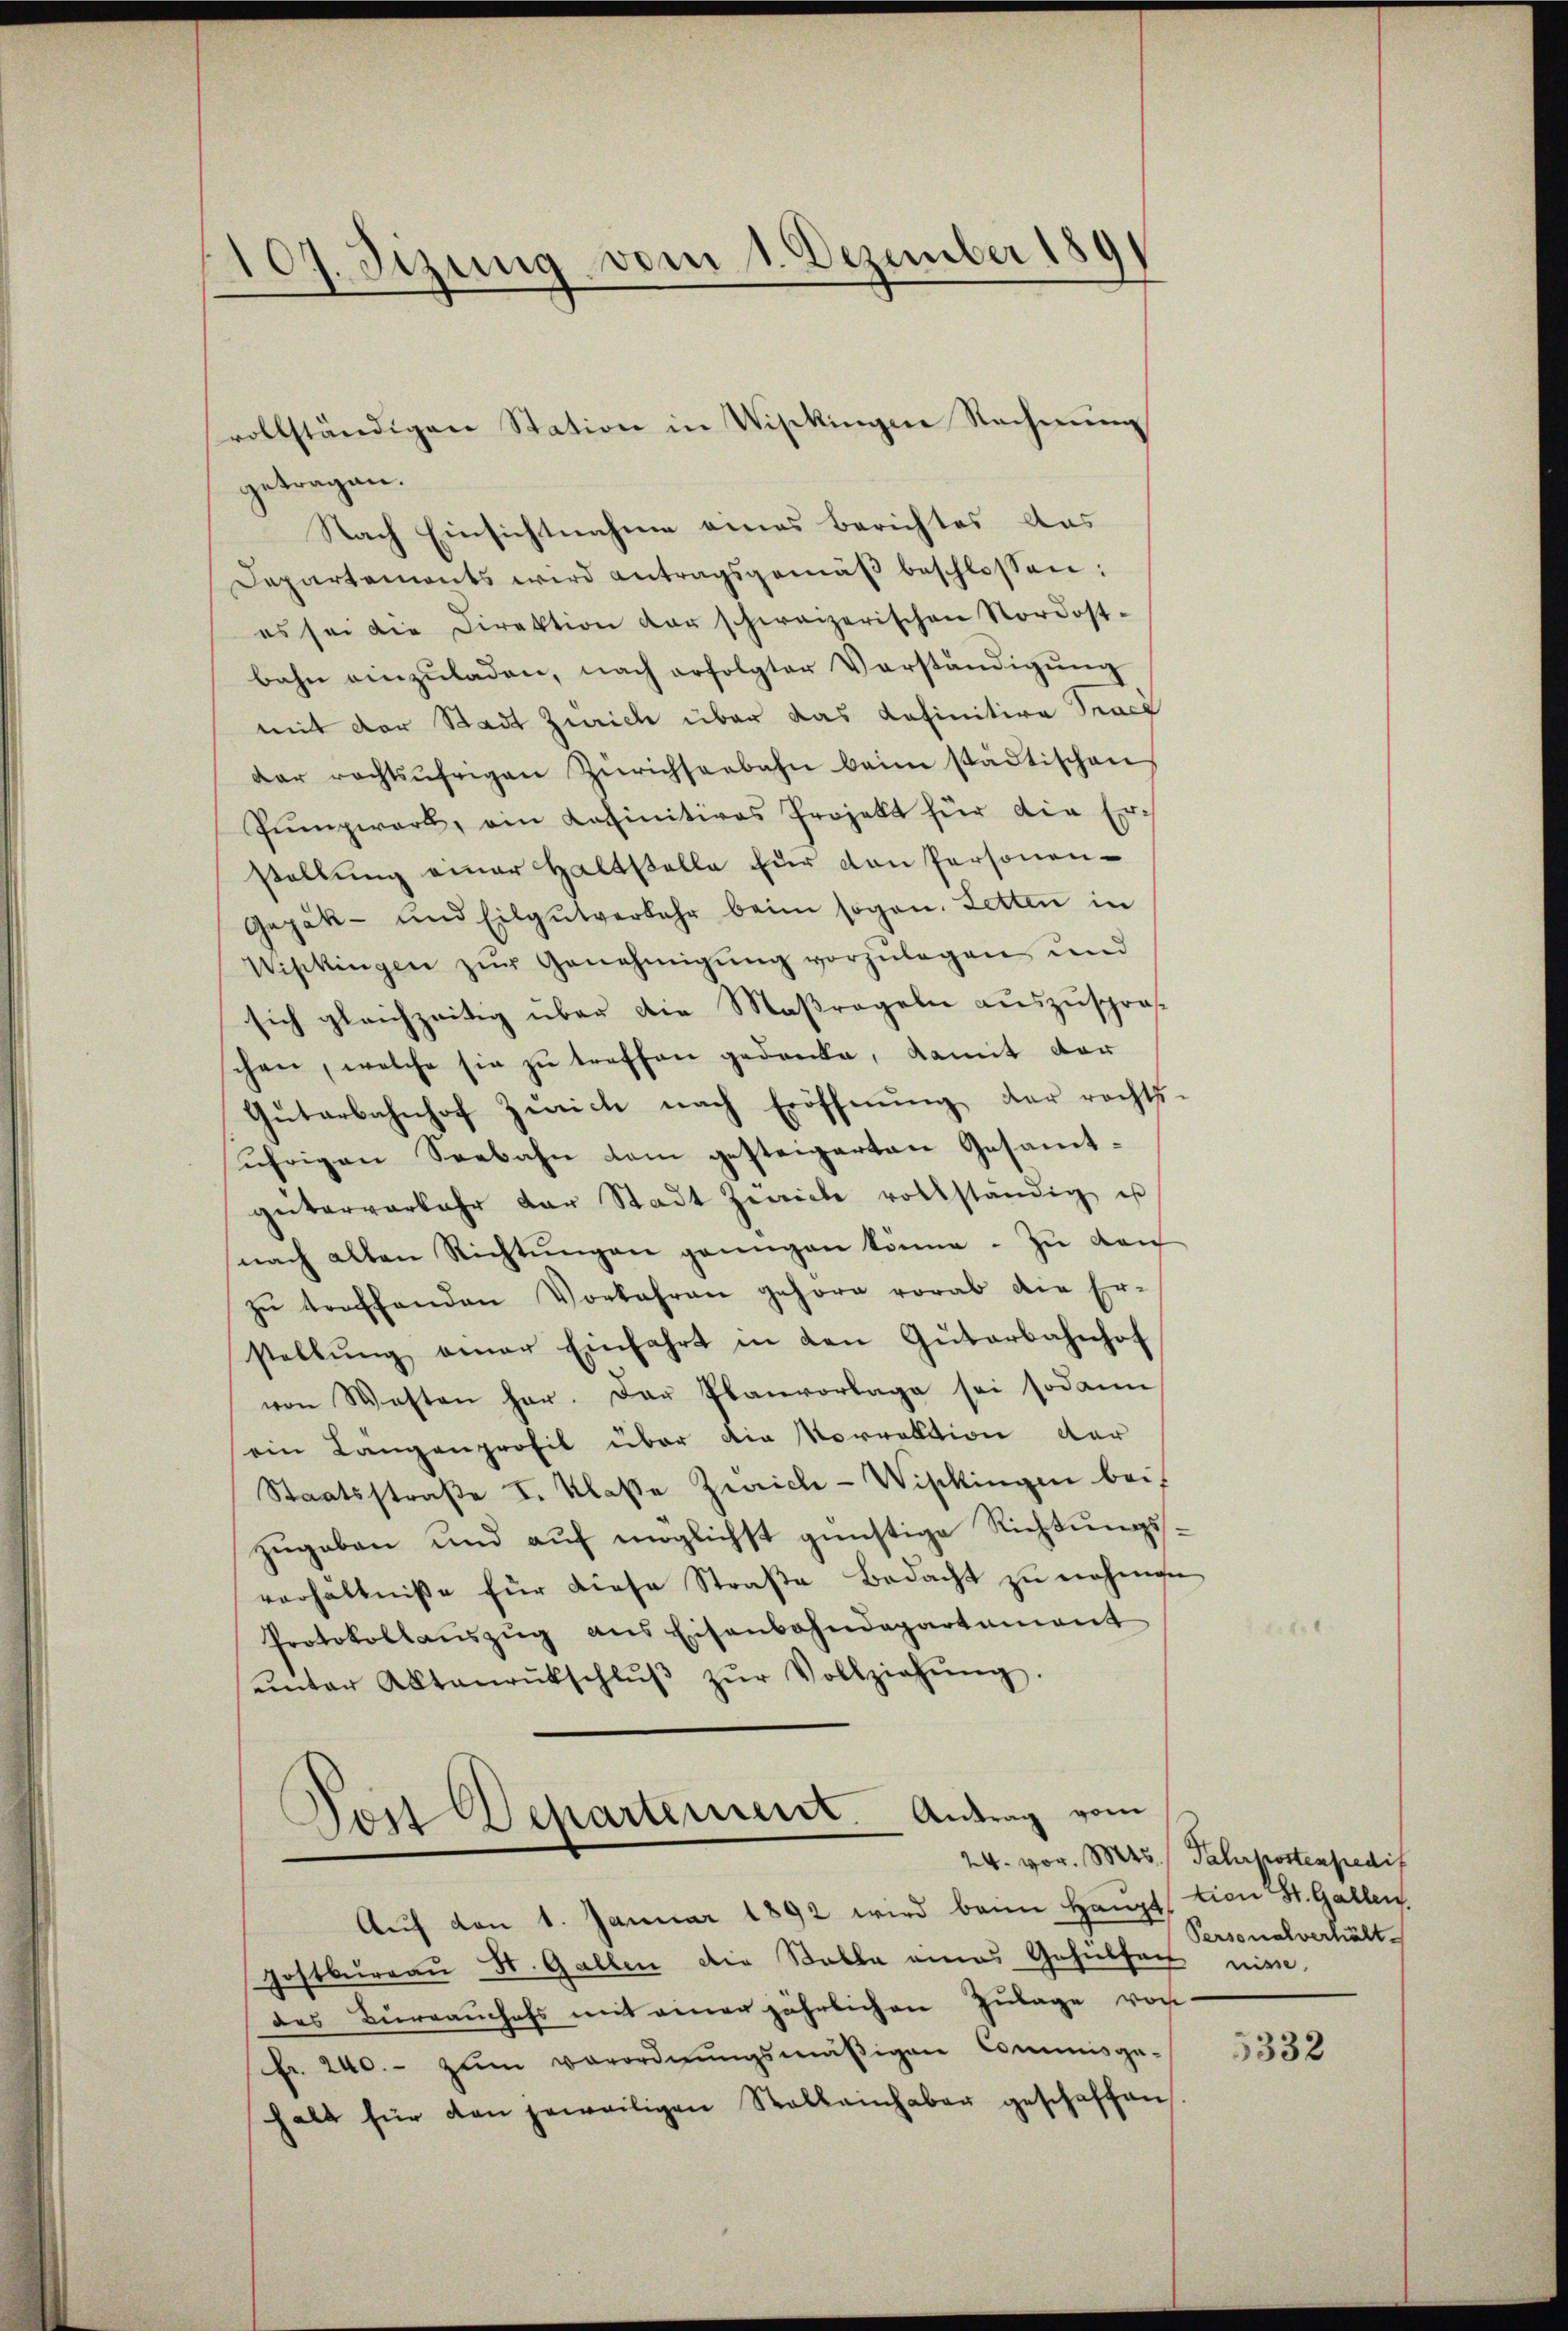
107. Sezung vom 1. Dezember 189

getragen.
Nach Einsichtnahme eines Berichtes das
Departements wird antragsgemäβ beschlossen:
es sei die Direktion der schweizerischen Nordost-
bahn einzŭladen, nach erfolgter Verständigŭng
mit der Stadt Zürich über das Lafinitive Tracs
der rechtsufrigen Zürichseebahn beim städtischen
Pŭmpwart, ein Latinitives Projekt für die Erstellung einer Haltstelle für den Personen-
Gajäk- und Eilgŭtverkehr beim sogen. Letten in
Wipkingen zŭr Genehmigŭng vorzŭlagen und
sich gleichzeitig über die Maßregeln auszusproschen, welche sie zu treffen gedenke, damit der
Gŭtarbahnhof Zürich nach Eröffnŭng der rechts-
uhrigen Seebahn dem gesteigerten Gesammtgeiterverbahr der Stadt Zwicke vollständig ist
nach alten Richtŭngen genügen könne. Zu den
zŭ treffenden Vorfahren gehöre vorab die Er-
stellŭng einer Einfahrt in den Güterbahnhof
von Wasten har. Der Planvorlage sei sodann
ein Längenprofil über die Korrektion der
Staatsstraße I. Klasse Zürich-Wisckingen bei
zŭgeben und aŭf möglichst günstige Richtungsverhältnisse für diese Straβe Bedacht zŭ nehmen
Protokollaŭszŭg ans Eisenbahndepartement
ŭnter Aktenrückschlŭβ zŭr Vollziehŭng.
Post Departement. Antrag vom
.
Aŭf von 1. Januar 1892 wird beim Haupt¬
Gostburgau St. Gallen die Stable eines Gehülfach nie.
des Burrauchefs mit einer jährlichen Zulage von
Fr. 240.- zum Verordnungsmäßigen Commisge-
halt für den jeweiligen Stallainhaber geschaffen

vollständigen Station in Wisckingen Rechnung

24. vor. 845 Jahrpostenpredit
tion St. Gallen.
Personalverhält

5332